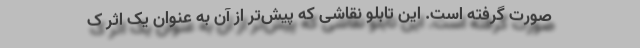
صورت گرفته است. این تابلو نقاشی که پیش‌تر از آن به عنوان یک اثر ک